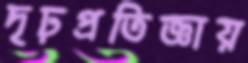
দৃঢ়প্রতিজ্ঞায়